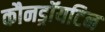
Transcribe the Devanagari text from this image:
कौनड्रॉयटिन